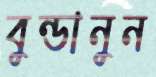
বুন্ডানুন